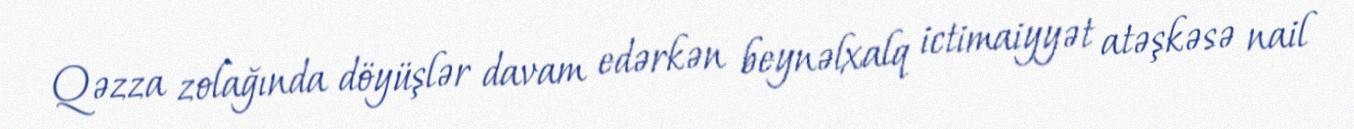
Qəzza zolağında döyüşlər davam edərkən beynəlxalq ictimaiyyət atəşkəsə nail